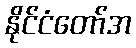
နိုင်ငံတော်အ